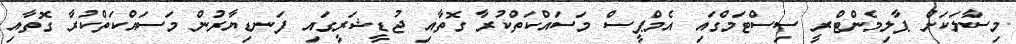
މިސާލަކަށް ޕާލިމެންޓްރީ ސިސްޓަމްގައި އެމްޕީސް މަސައްކަތްކުރާ ގޮތާއި ޖުޑީޝަރީގައި ފަނޑިޔާރުން މަސައްކަތްކުރާ ގޮތާއި